Indian journal of veterinary science and animal husbandry - Volume 6,
Year: 1936
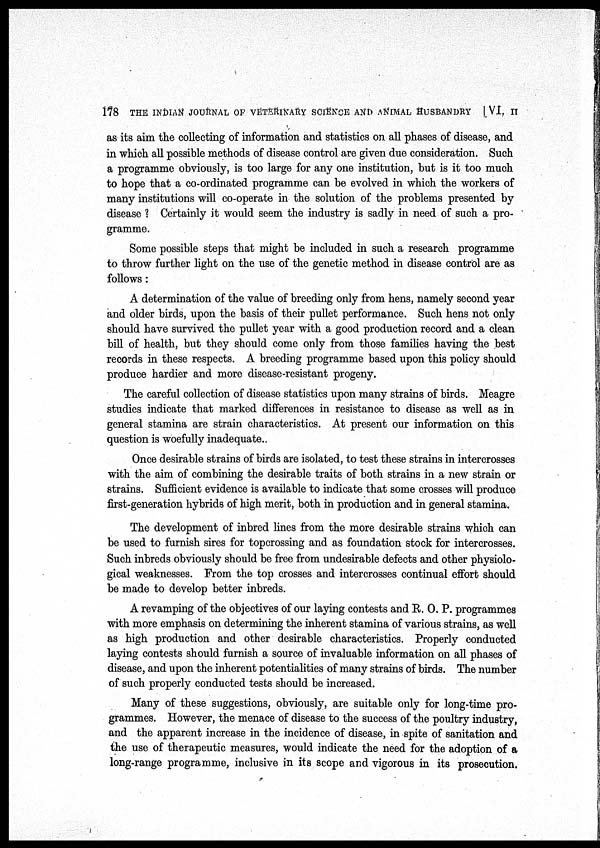
178 THE INDIAN JOURNAL OF VETERINARY SCIENCE AND ANIMAL HUSBANDRY [VI, II
as its aim the collecting of information and statistics on all phases of disease, and
in which all possible methods of disease control are given due consideration. Such
a programme obviously, is too large for any one institution, but is it too much
to hope that a co-ordinated programme can be evolved in which the workers of
many institutions will co-operate in the solution of the problems presented by
disease ? Certainly it would seem the industry is sadly in need of such a pro-
gramme.
Some possible steps that might be included in such a research programme
to throw further light on the use of the genetic method in disease control are as
follows:
A determination of the value of breeding only from hens, namely second year
and older birds, upon the basis of their pullet performance. Such hens not only
should have survived the pullet year with a good production record and a clean
bill of health, but they should come only from those families having the best
records in these respects. A breeding programme based upon this policy should
produce hardier and more disease-resistant progeny.
The careful collection of disease statistics upon many strains of birds. Meagre
studies indicate that marked differences in resistance to disease as well as in
general stamina are strain characteristics. At present our information on this
question is woefully inadequate..
Once desirable strains of birds are isolated, to test these strains in intercrosses
with the aim of combining the desirable traits of both strains in a new strain or
strains. Sufficient evidence is available to indicate that some crosses will produce
first-generation hybrids of high merit, both in production and in general stamina.
The development of inbred lines from the more desirable strains which can
be used to furnish sires for topcrossing and as foundation stock for intercrosses.
Such inbreds obviously should be free from undesirable defects and other physiolo-
gical weaknesses. From the top crosses and intercrosses continual effort should
be made to develop better inbreds.
A revamping of the objectives of our laying contests and R. O. P. programmes
with more emphasis on determining the inherent stamina of various strains, as well
as high production and other desirable characteristics. Properly conducted
laying contests should furnish a source of invaluable information on all phases of
disease, and upon the inherent potentialities of many strains of birds. The number
of such properly conducted tests should be increased.
Many of these suggestions, obviously, are suitable only for long-time pro-
grammes. However, the menace of disease to the success of the poultry industry,
and the apparent increase in the incidence of disease, in spite of sanitation and
the use of therapeutic measures, would indicate the need for the adoption of a
long-range programme, inclusive in its scope and vigorous in its prosecution.